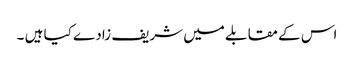
اس کے مقابلے میں شریف زادے کیا ہیں ۔